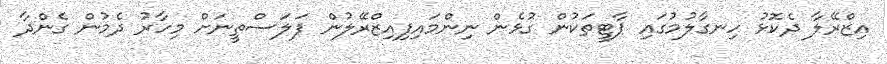
އިޒްރޭލާ ދެކޮޅު ހިނގާލުމުގައި ޕާޓީތަކުން ގުޅެން ނިންމައިފިއިޒްރޭލުން ފަލަސްތީނަށް މިހާރު ދެމުން ގެންދާ